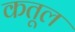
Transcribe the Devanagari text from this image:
कतूल